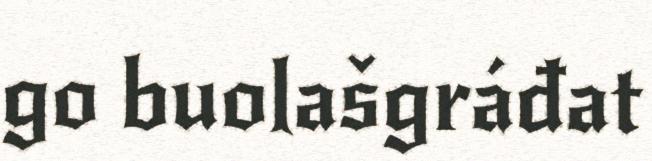
go buolašgráđat